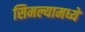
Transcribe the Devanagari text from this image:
सिमल्यामध्ये